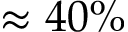
\approx 4 0 \%